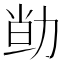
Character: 𠡱